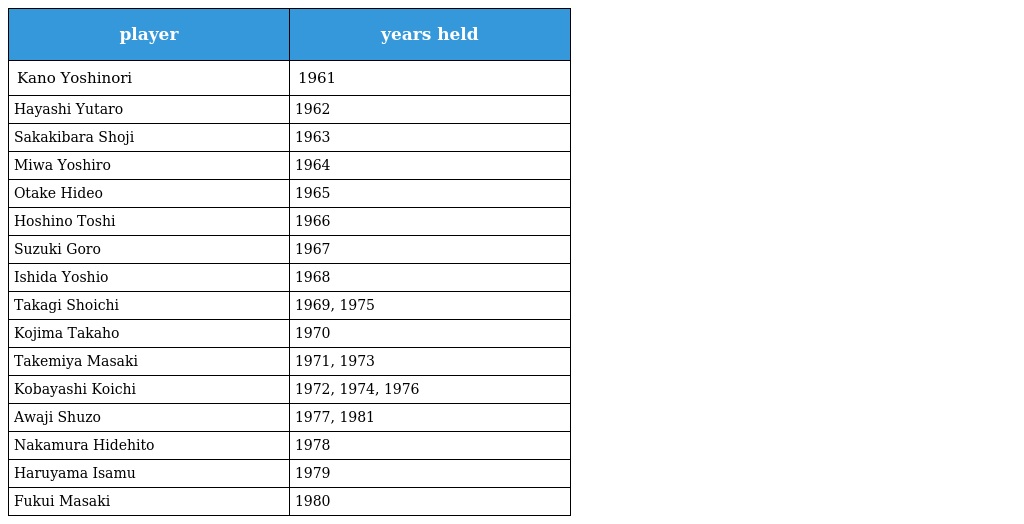
| player | years held |
 | --- | --- |
 | Kano Yoshinori | 1961 |
 | Hayashi Yutaro | 1962 |
 | Sakakibara Shoji | 1963 |
 | Miwa Yoshiro | 1964 |
 | Otake Hideo | 1965 |
 | Hoshino Toshi | 1966 |
 | Suzuki Goro | 1967 |
 | Ishida Yoshio | 1968 |
 | Takagi Shoichi | 1969, 1975 |
 | Kojima Takaho | 1970 |
 | Takemiya Masaki | 1971, 1973 |
 | Kobayashi Koichi | 1972, 1974, 1976 |
 | Awaji Shuzo | 1977, 1981 |
 | Nakamura Hidehito | 1978 |
 | Haruyama Isamu | 1979 |
 | Fukui Masaki | 1980 |